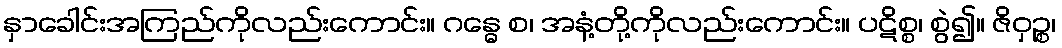
နှာခေါင်းအကြည်ကိုလည်းကောင်း။ ဂန္ဓေ စ၊ အနံ့တို့ကိုလည်းကောင်း။ ပဋိစ္စ၊ စွဲ၍။ ဇိဝှဉ္စ၊